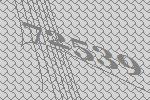
72539